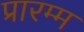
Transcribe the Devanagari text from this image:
प्रारम्म